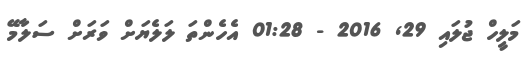
މަލީހް ޖުލައި 29